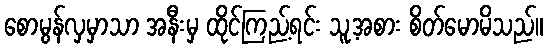
စောမွန်လှမှာသာ အနီးမှ ထိုင်ကြည့်ရင်း သူ့အစား စိတ်မောမိသည်။